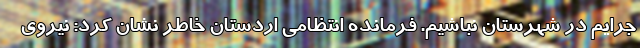
جرایم در شهرستان نباشیم. فرمانده انتظامی اردستان خاطر نشان کرد: نیروی